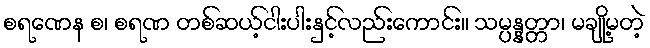
စရဏေန စ၊ စရဏ တစ်ဆယ့်ငါးပါးနှင့်လည်းကောင်း။ သမ္ပန္နတ္တာ၊ မချို့မတဲ့